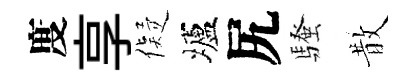
度享儗壚尻騷散